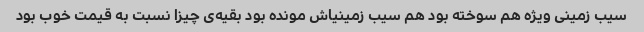
سیب زمینی ویژه هم سوخته بود هم سیب زمینیاش مونده بود بقیه‌ی چیزا نسبت به قیمت خوب بود